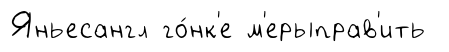
Яньесангл го́нк'е м'ерыправ'ить